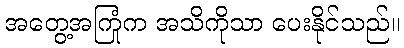
အတွေ့အကြုံက အသိကိုသာ ပေးနိုင်သည်။